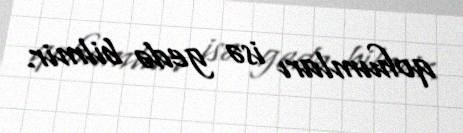
qohumları isə gedə bilmir.